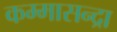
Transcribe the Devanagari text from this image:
कम्मासन्द्रा